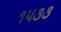
૧૫૩૩